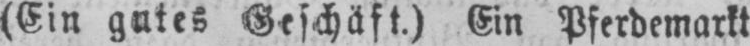
(Ein gutes Geschäft.) Ein Pferdemarkt